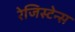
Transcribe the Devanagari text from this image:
रेजिस्टेन्स